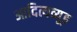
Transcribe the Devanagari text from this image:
आदित्यव्यूह